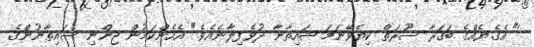
'" އެގެޔެއްގެ ބަޤަރާ ސޫރަތް ކިޔެވޭނަމަ ޝައިތާނާ ދުވެފިލާނެއެވެ." އެހެންކަމުން ޖިންނި ސައިތާނުންގެ